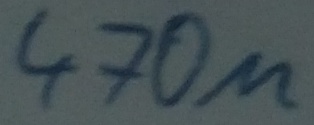
Text: 470µ